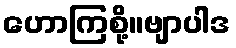
ဟောကြစို့။ဗျာပါဒ